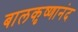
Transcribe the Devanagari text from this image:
बालकृष्णानंद